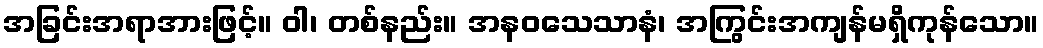
အခြင်းအရာအားဖြင့်။ ဝါ၊ တစ်နည်း။ အနဝသေသာနံ၊ အကြွင်းအကျန်မရှိကုန်သော။